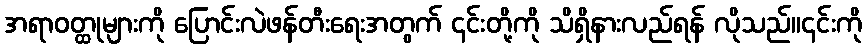
အရာဝတ္ထုများကို ပြောင်းလဲဖန်တီးရေးအတွက် ၎င်းတို့ကို သိရှိနားလည်ရန် လိုသည်။၎င်းကို